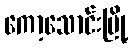
ကော့သောင်းမြို့